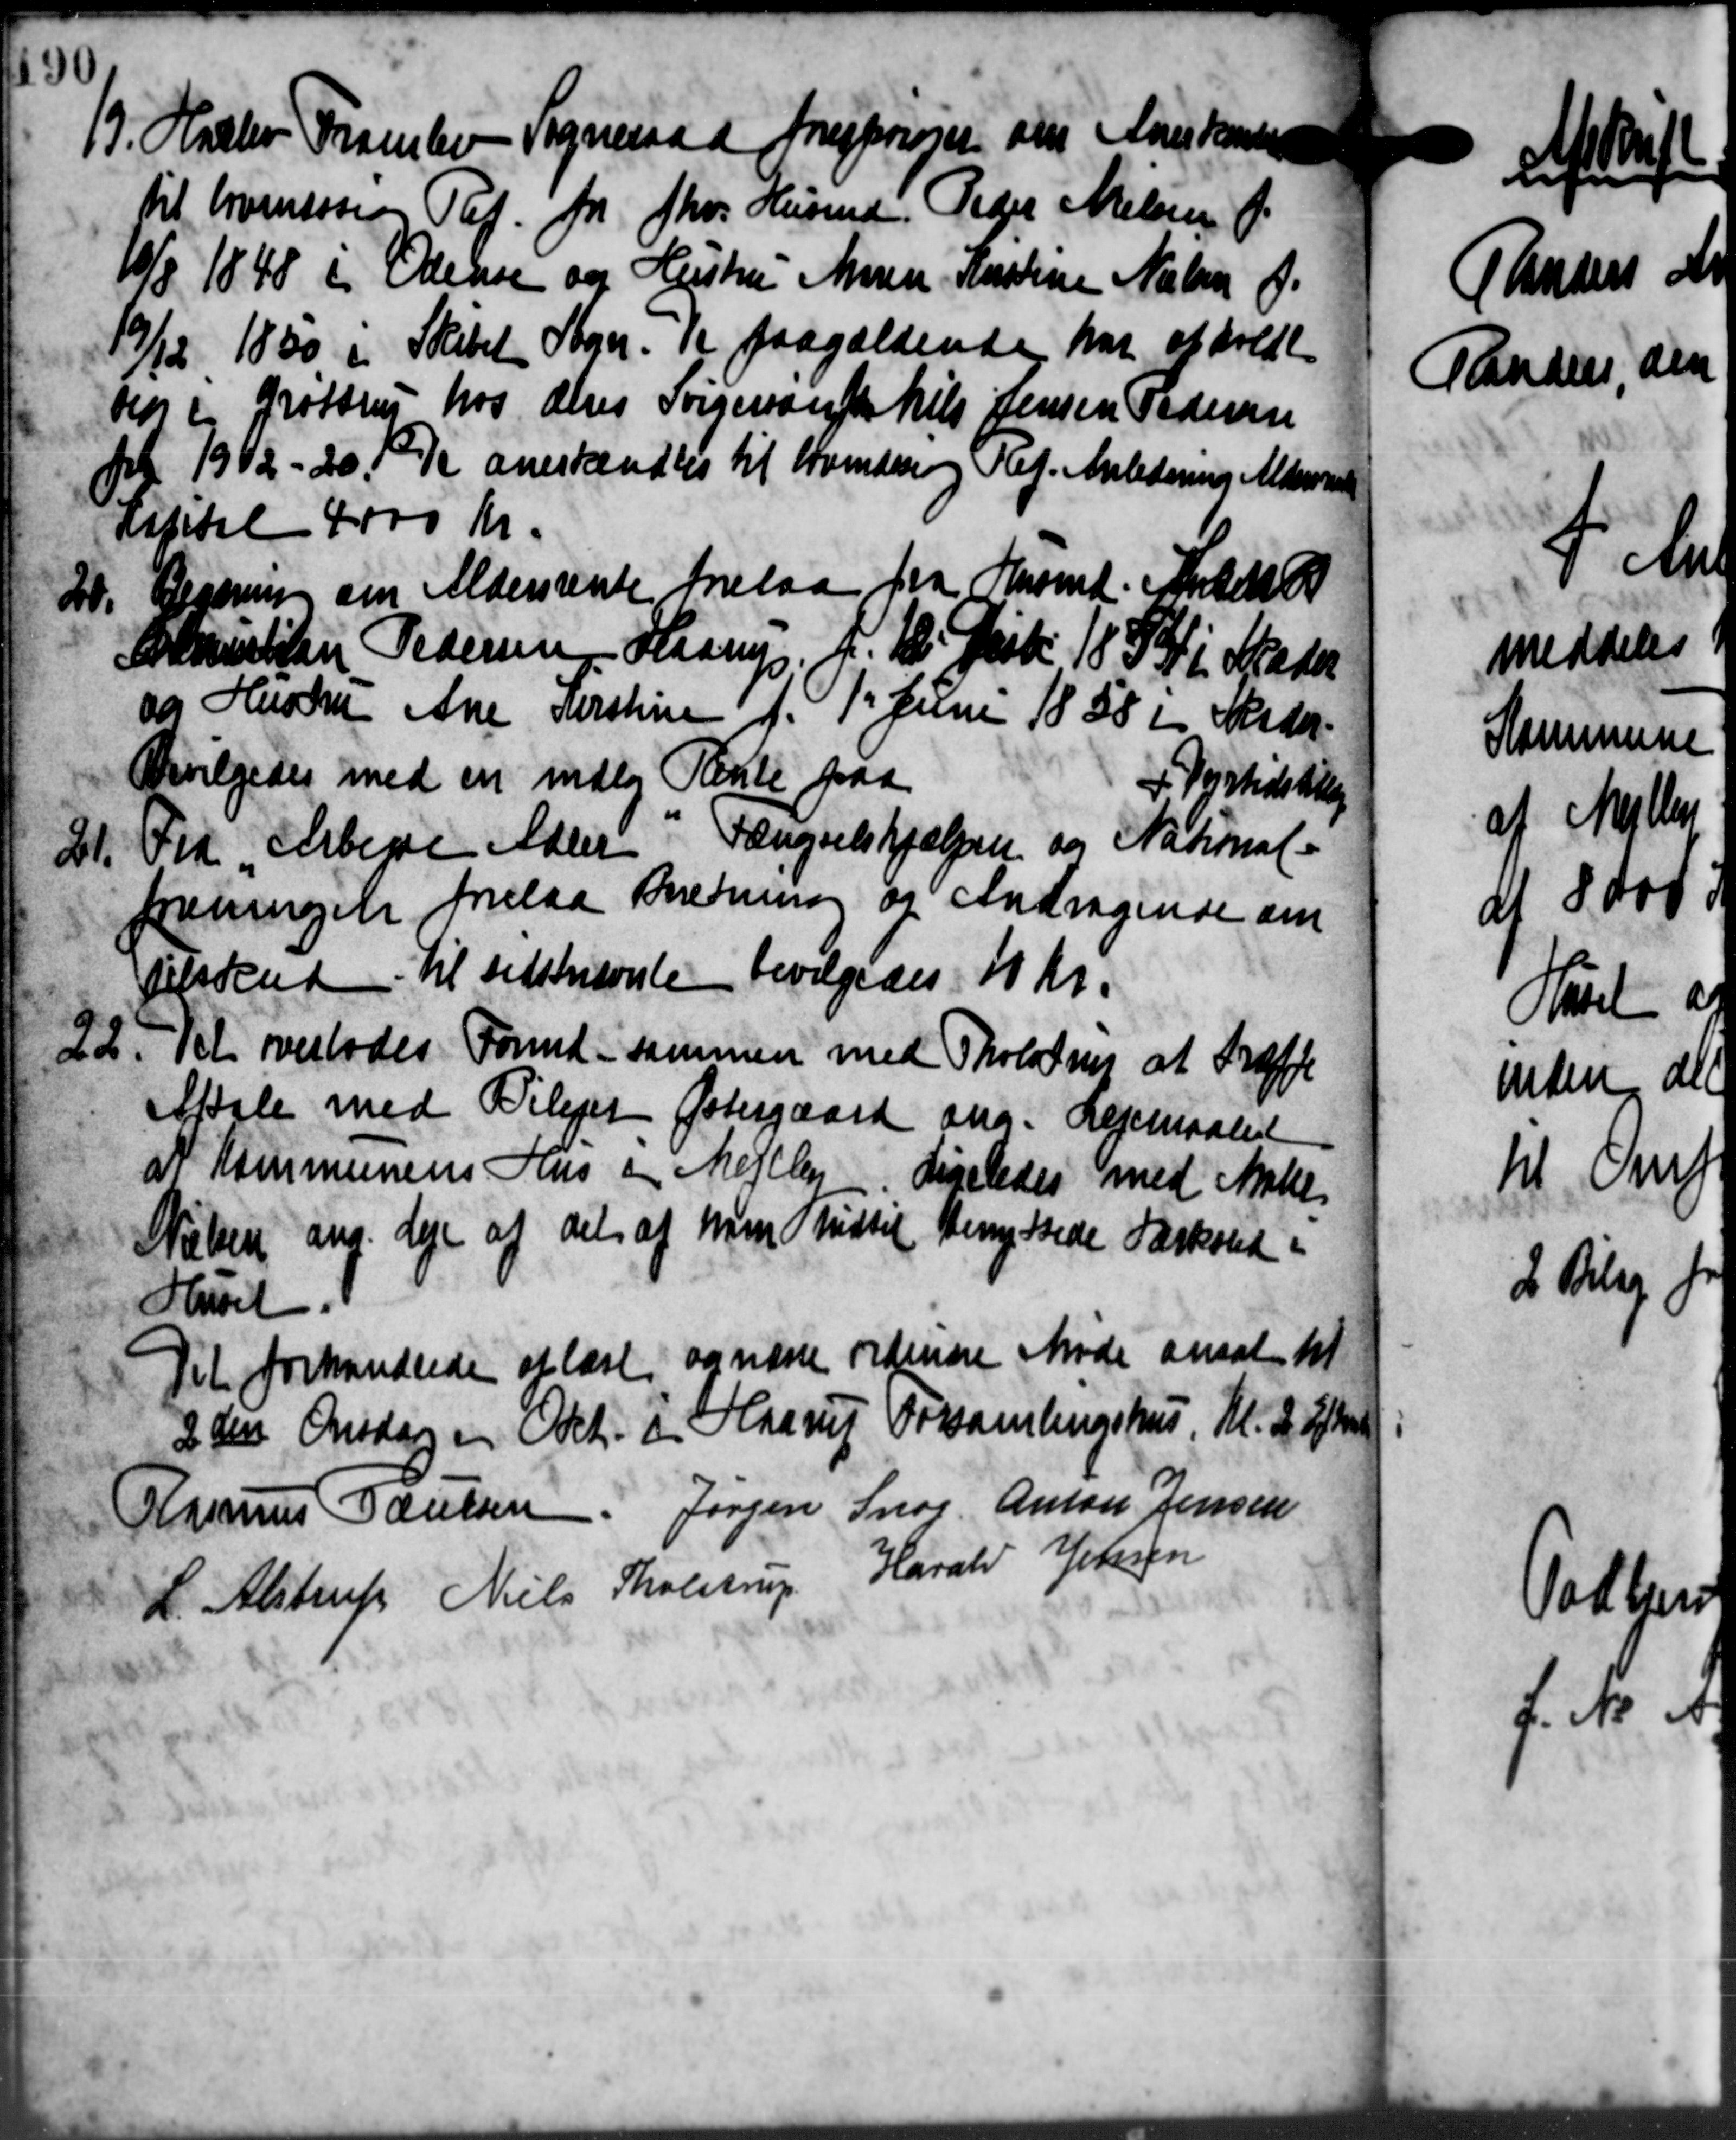
Transskription:
19. Haslev Framlev Sogneraad forespørger om Anerkenderse
19. Haslev Framlev Sogneraad forespørger om Anerkenderse
til hvertsen Taf. fra fhv. Husmd Peder Nielsen f.
10/8 1848 i Odense og Hustru Maren Kirstine Nielsen Ø.
19/12 1850 i Skabet Sogn. se paagældende har afholdt
den i Grøttrup hos deres Sorgerand Niels Jensen Pedersen
for 1912 - 20. 1 anerkendtes til Svendering Ref. Anledning Aldersren
aspital 4000 Kr.
20. Regning om Aldersrente forelaa fra Husmd. Anderse
20. Regning om Aldersrente forelaa fra Husmd. Anderse
C Christian Pedersen, Haarup f. 18. Desb. 1853 i Skader
og Hustru Ane Kirstine f. 1. Juni 1858 i Beder-
Bevilgedes med en mdlg Rente paa
+ Dyrtidstil
Fra Arbejde Adler Fængselshjælpen og National
21.
foreningelse forelaa Bredning og Andragende om
Tilskud til sidstnævnte bevilgedes 10 Kr.
22. Det overlodes Formd - sammen med Tholdtes at træffe
22. Det overlodes Formd - sammen med Tholdtes at træffe
Aftale med Plejet Østergaard ang. Lejemaalet
at Kommunens Hus i Mejlby Ligeledes med Mate
Nielsen ang. Leje af det af ham hidtil Henry Stede Forhold
Huset
Dil forhandlede at læst og næste ordinære Møde ansat til
2den Onsdag i Okt. i Haarup Forsamlingshus. Kl. 2 Efter
Rasmus Poulsen Jørgen Snog Anton Jensen
L. Alstrup Niels Tholstrup Harald Jensen